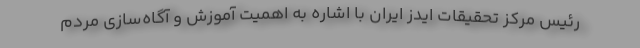
رئیس مرکز تحقیقات ایدز ایران با اشاره به اهمیت آموزش و آگاه‌سازی مردم